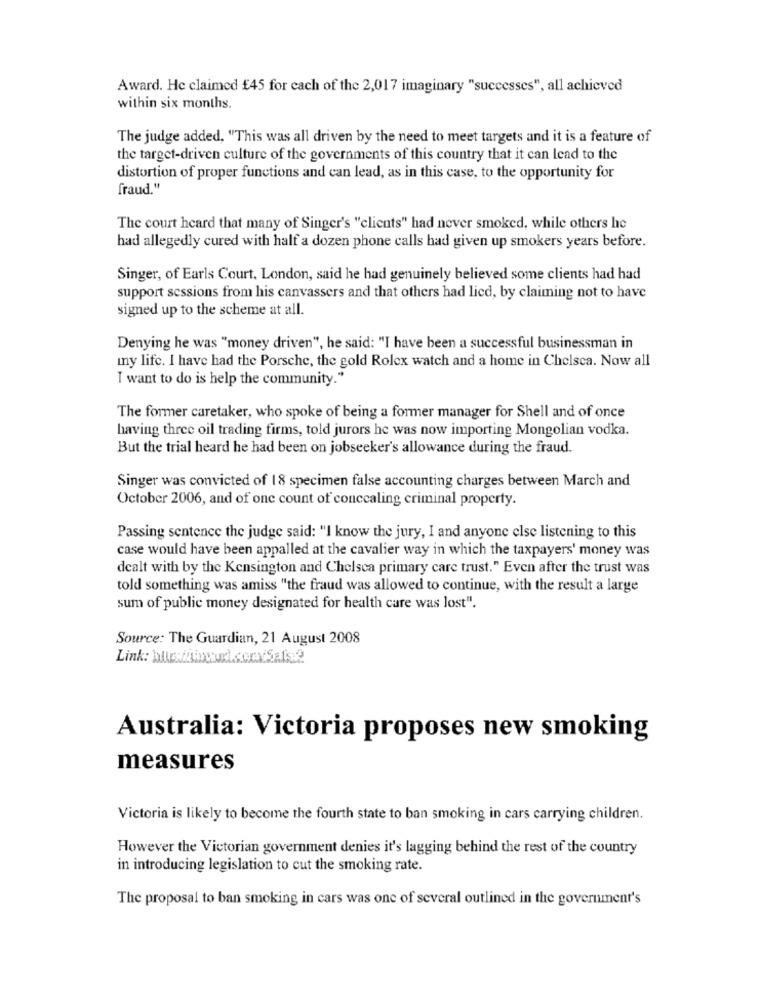
Award. He claimed #45 for each of the 2,017 imaginary "successes", all achieved
within six months.
The judge added, "This was all driven by the need to meet targets and it is a feature of
the target-driven culture of the governments of this country that it can lead to the
distortion of proper functions and can lead, as in this case, to the opportunity for
fraud."
The court heard that many of Singer's "clients" had never smoked, while others he
had allegedly cured with half a dozen phone calls had given up smokers years before.
Singer, of Earls Court, London, said he had genuinely believed some clients had had
support sessions from his canvassers and that others had lied, by claiming not to have
signed up to the scheme at all.
Denying he was "money driven", he said: "I have been a successful businessman in
my life. I have had the Porsche, the gold Rolex watch and a home in Chelsea. Now all
I want to do is help the community."
The former caretaker, who spoke of being a former manager for Shell and of once
having three oil trading firms, told jurors he was now importing Mongolian vodka.
But the trial heard he had been on jobseeker's allowance during the fraud.
Singer was convicted of 18 specimen false accounting charges between March and
October 2006, and of one count of concealing criminal property.
Passing sentence the judge said: "I know the jury, I and anyone else listening to this
case would have been appalled at the cavalier way in which the taxpayers' money was
dealt with by the Kensington and Chelsea primary care trust." Even after the trust was
told something was amiss "the fraud was allowed to continue, with the result a large
sum of public money designated for health care was lost".
Source: The Guardian, 21 August 2008
Australia: Victoria proposes new smoking
measures
Victoria is likely to become the fourth state to ban smoking in cars carrying children.
However the Victorian government denies it's lagging behind the rest of the country
in introducing legislation to cut the smoking rate.
The proposal to ban smoking in cars was one of several outlined in the government's